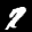
Label: 7